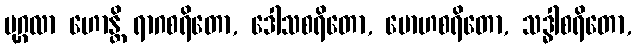
ပုဂ္ဂလာ ဟောန္တိ ရာဂစရိတော, ဒေါသစရိတော, မောဟစရိတော, သဒ္ဓါစရိတော,